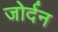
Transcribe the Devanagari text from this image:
जोर्दन